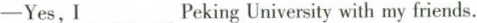
-Yes,I ___ Peking University with my friends.